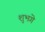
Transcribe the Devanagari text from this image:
शुभगे